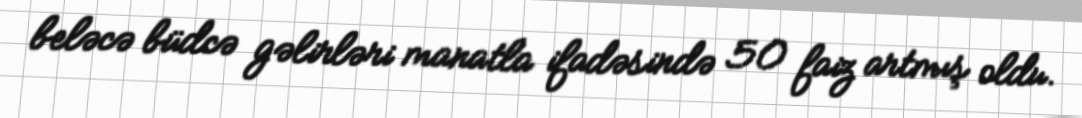
beləcə büdcə gəlirləri manatla ifadəsində 50 faiz artmış oldu.